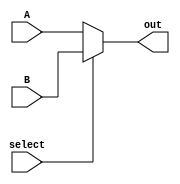
module mux (A, B, select, out);
	
	parameter DATA_WIDTH = 32;
	
	input [(DATA_WIDTH - 1):0] A, B;
	input select;
	
	output reg [(DATA_WIDTH - 1):0] out;

	always @ (A, B, select)
	begin
		if (select == 0) 
			out <= A;
		else 
			out <= B;
	end
		
endmodule